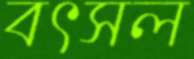
বৎসল